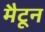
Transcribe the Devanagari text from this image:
मैटून